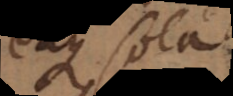
eaque sola